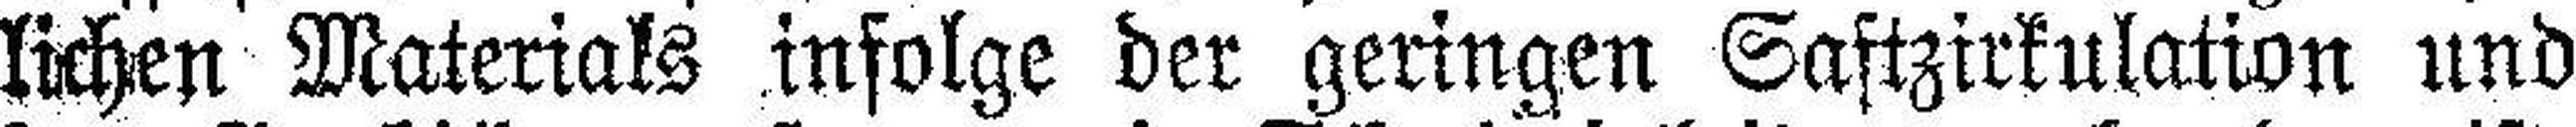
lichen Materials infolge der geringen Saftzirkulation und